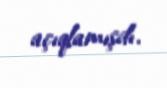
açıqlamışdı.